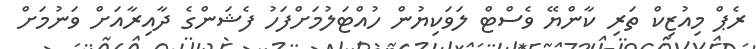
ރެޕް މިއުޒިކް ތަރި ކާންޔޭ ވެސްޓް ލަވަކިޔުން ހުއްޓަލުމަށްފަހު ފެޝަންގެ ދާއިރާއަށް ވަނުމަށް